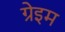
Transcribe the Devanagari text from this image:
ग्रेइम